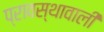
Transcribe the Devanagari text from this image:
प्रावस्थावाली